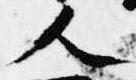
人